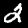
Digit: 2